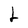
Character: L